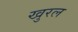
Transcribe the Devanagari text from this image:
खुरल